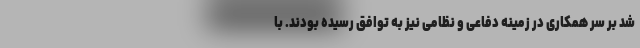
شد بر سر همکاری در زمینه دفاعی و نظامی نیز به توافق رسیده بودند. با